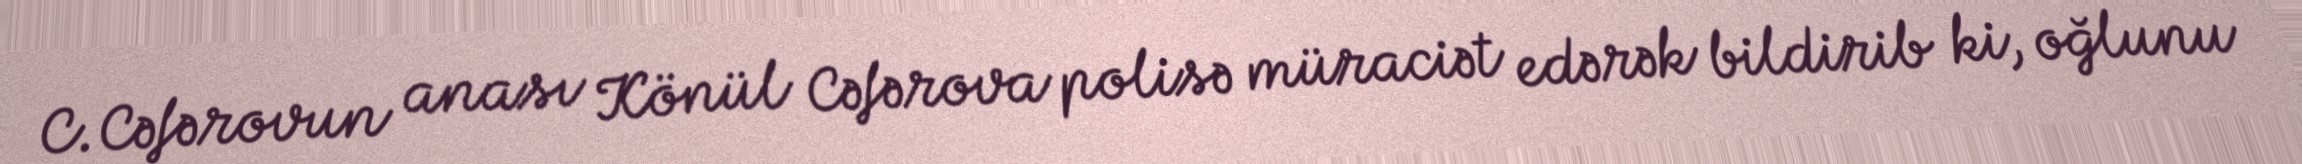
C.Cəfərovun anası Könül Cəfərova polisə müraciət edərək bildirib ki, oğlunu